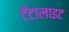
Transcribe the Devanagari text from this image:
टँटालाइट